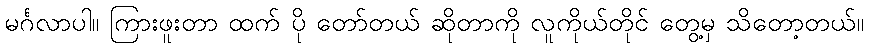
မင်္ဂလာပါ။ ကြားဖူးတာ ထက် ပို တော်တယ် ဆိုတာကို လူကိုယ်တိုင် တွေ့မှ သိတော့တယ်။